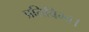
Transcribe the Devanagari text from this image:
प्रतिबिम्ब।